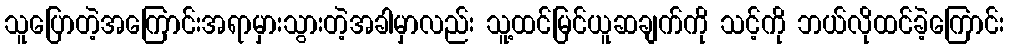
သူပြောတဲ့အကြောင်းအရာမှားသွားတဲ့အခါမှာလည်း သူ့ထင်မြင်ယူဆချက်ကို သင့်ကို ဘယ်လိုထင်ခဲ့ကြောင်း